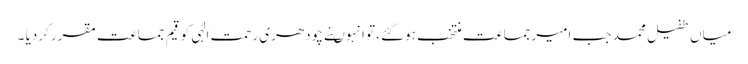
میاں طفیل محمد جب امیرجماعت منتخب ہوگئے ،تو انہوںنے چودھری رحمت الٰہی کو قیم جماعت مقرر کردیا ۔